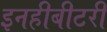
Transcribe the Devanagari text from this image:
इनहीबीटरी